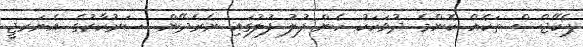
ޕެކޭޖްސް ތަކެއް ކޮންމެ ދުވަހަކު ހެން ފުލު ފުލުގައި ނެރެދޭން. ސަރުކާރުގެ އެނަރޖީ